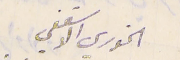
الخوري الاسقفي